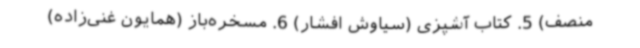
منصف) 5. کتاب آشپزی (سیاوش افشار) 6. مسخره‌باز (همایون غنی‌زاده)